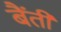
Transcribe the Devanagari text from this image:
बैंती